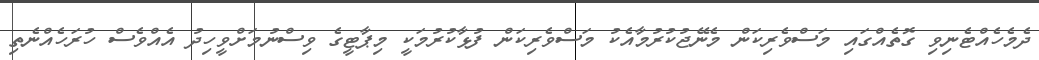
ދެމެހެއްޓެނިވި ގޮތެއްގައި މަސްވެރިކަން މެނޭޖުކުރުމާއެކު މަސްވެރިކަން ފުޅާކުރުމަކީ މިޕާޓީގެ ވިސްނުމަށްވީހިދު އެއްވެސް ހުރަހެއްނެތި